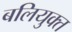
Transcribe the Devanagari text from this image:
बलियुक्त